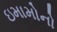
ઇમામોનો